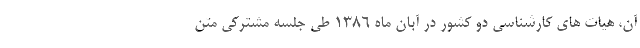
آن، هیات های کارشناسی دو کشور در آبان ماه 1386 طی جلسه مشترکی متن